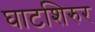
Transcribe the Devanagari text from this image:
घाटशिरुर